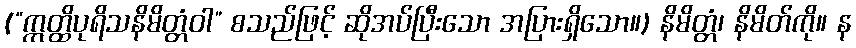
(“ဣတ္ထိပုရိသနိမိတ္တံဝါ” စသည်ဖြင့် ဆိုအပ်ပြီးသော အပြားရှိသော။) နိမိတ္တံ၊ နိမိတ်ကို။ န